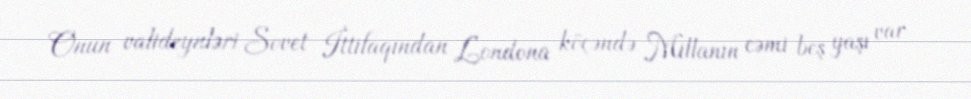
Onun valideynləri Sovet İttifaqından Londona köçəndə Millanın cəmi beş yaşı var